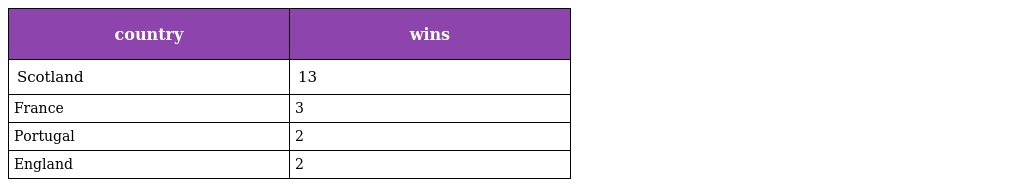
| country | wins |
 | --- | --- |
 | Scotland | 13 |
 | France | 3 |
 | Portugal | 2 |
 | England | 2 |